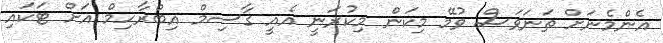
އެންމެނަށް ތަނަވަސް ވުމޭ މިކަން މިކުރަނީ އެއީ ގާސިމް އިބްރާހިމް އަށް ޓަކައި